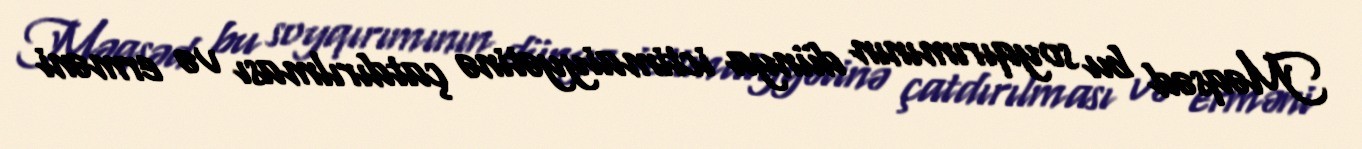
Məqsəd bu soyqırımının dünya ictimaiyyətinə çatdırılması və erməni